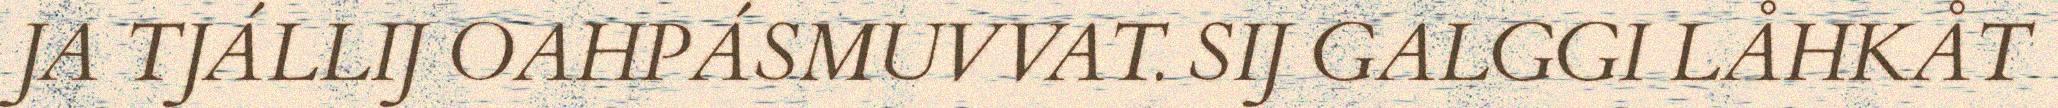
JA TJÁLLIJ OAHPÁSMUVVAT. SIJ GALGGI LÅHKÅT